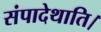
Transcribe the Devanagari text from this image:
संपादेथाति।